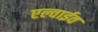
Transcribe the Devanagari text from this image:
एल्वाईव